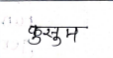
मजकूर: कुसुम